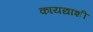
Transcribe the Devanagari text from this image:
कायद्याशी